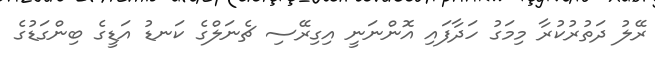
ރޭލު ދަތުރުކުރާ މިމަގު ހަދާފައި އޮންނަނީ އިގިރޭސި ޗެނަލްގެ ކަނޑު އަޑީގެ ބިންގަޑުގެ